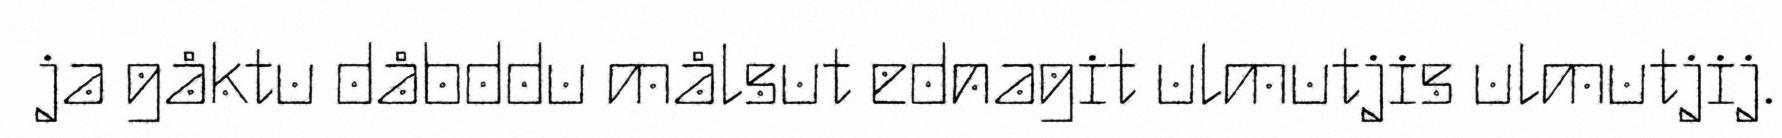
ja gåktu dåbddu målsut ednagit ulmutjis ulmutjij.